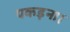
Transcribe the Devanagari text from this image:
पकड़ना।